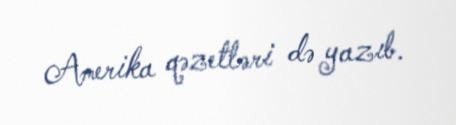
Amerika qəzetləri də yazıb.